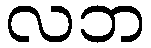
လဘ